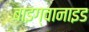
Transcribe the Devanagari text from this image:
बाइग्वानाइड